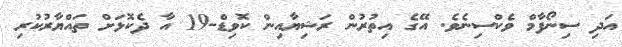
އަދި ސިނޯފާމް ވެކްސިނެވެ. އޭގެ އިތުރުން ރަޝިޔާއިން ކޮވިޑް-19 އާ ދެކޮޅަށް ތައްޔާރުކުރި